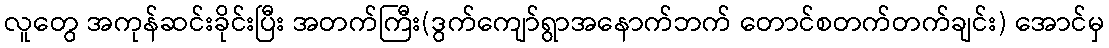
လူတွေ အကုန်ဆင်းခိုင်းပြီး အတက်ကြီး(ဒွက်ကျော်ရွာအနောက်ဘက် တောင်စတက်တက်ချင်း) အောင်မှ